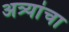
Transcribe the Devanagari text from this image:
अत्र्यांचा